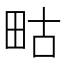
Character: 𭻇